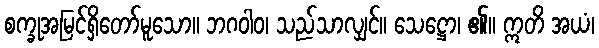
စက္ခုအမြင်ရှိတော်မူသော။ ဘဂဝါဝ၊ သည်သာလျှင်။ သေဋ္ဌော၊ ၏။ ဣတိ အယံ၊